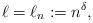
LaTeX: \begin{align*}\ell =\ell_n := n^{\delta},\end{align*}